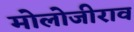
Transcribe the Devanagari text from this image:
मोलोजीराव